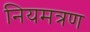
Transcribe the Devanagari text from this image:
नियमत्रण